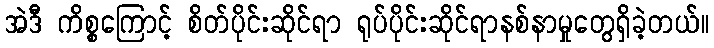
အဲဒီ ကိစ္စကြောင့် စိတ်ပိုင်းဆိုင်ရာ ရုပ်ပိုင်းဆိုင်ရာနစ်နာမှုတွေရှိခဲ့တယ်။